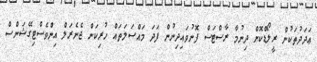
ޢަދަދުތަކުން ރީލޯޑްކޮށް ދިނުމާ ރާސްޓަސް ފޮނުވައިދިނުން ފަދަ މައްސަލަތައް ހުރިކަން ޖެނެރަލް އިންވެސްޓިގޭޝަންސް